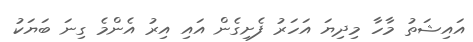
އައިޝަތު މާހާ މިދިޔަ އަހަރު ފެށިގެން އައި އިރު އެންމެ ގިނަ ބަޔަކު